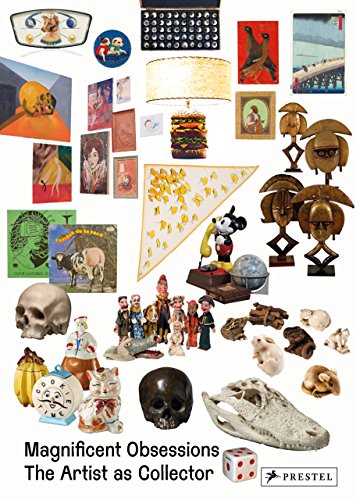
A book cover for Magnificent Obsessions: The Artist as Collector; Lydia Yee; Crafts, Hobbies & Home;